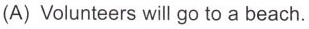
(A) Volunteers will go to a beach.